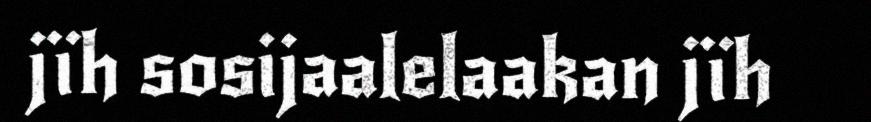
jïh sosijaalelaakan jïh